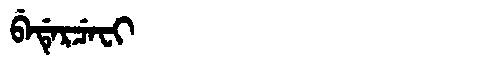
Manchu: ᠪᡝᡩᡝᡵᠴᡝᠸᡳ
Romanization: BEDERCEFI